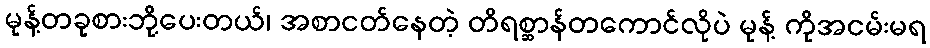
မုန့်တခုစားဘို့ပေးတယ်၊ အစာငတ်နေတဲ့ တိရစ္ဆာန်တကောင်လိုပဲ မုန့် ကိုအငမ်းမရ